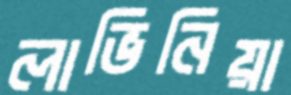
লাভিনিয়া